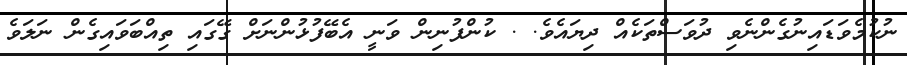
ނުކުމެވަޑައިނުގެންނެވި ދުވަސްތަކެއް ދިޔައެވެ. . ކުންފުނިން ވަނީ އެބޭފުޅުންނަށް ގޭގައި ތިއްބަވައިގެން ނަލަވެ